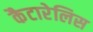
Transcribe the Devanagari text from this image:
कैटारेलिस